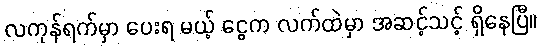
လကုန်ရက်မှာ ပေးရ မယ့် ငွေက လက်ထဲမှာ အဆင့်သင့် ရှိနေပြီ။